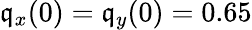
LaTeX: \mathfrak{q}_{x}(0)=\mathfrak{q}_{y}(0)=0.65